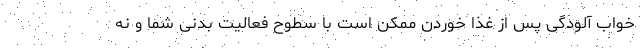
خواب آلودگی پس از غذا خوردن ممکن است با سطوح فعالیت بدنی شما و نه